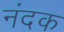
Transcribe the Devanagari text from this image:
नंदक